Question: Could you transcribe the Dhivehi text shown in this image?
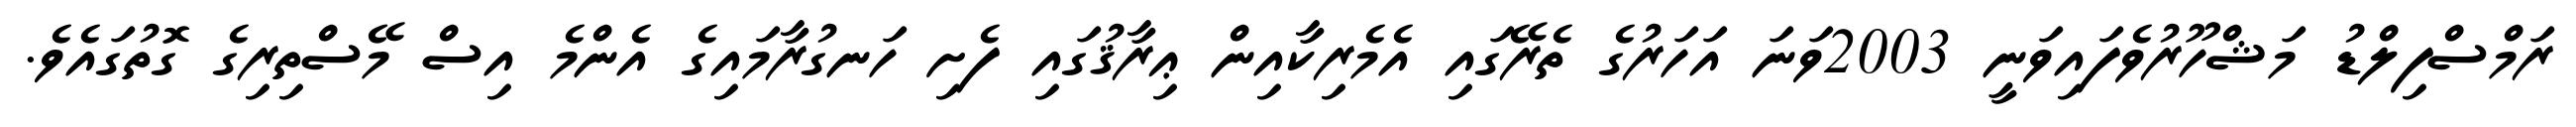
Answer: ރަމްސްފިލްޑު މަޝްހޫރުވެފައިވަނީ 2003ވަނަ އަހަރުގެ ތެރޭގައި އެމެރިކާއިން ޢިރާޤުގައި ފެށި ހަނގުރާމައިގެ އެންމެ އިސް މޭސްތިރިގެ ގޮތުގައެވެ.